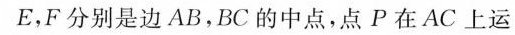
E，F分别是边AB，BC的中点，点P在AC上运